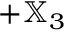
+ { \mathbb X } _ { 3 }